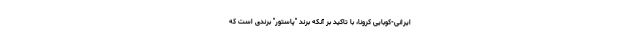
ایرانی-کوبایی کرونا، با تاکید بر آنکه برند "پاستور" برندی است که